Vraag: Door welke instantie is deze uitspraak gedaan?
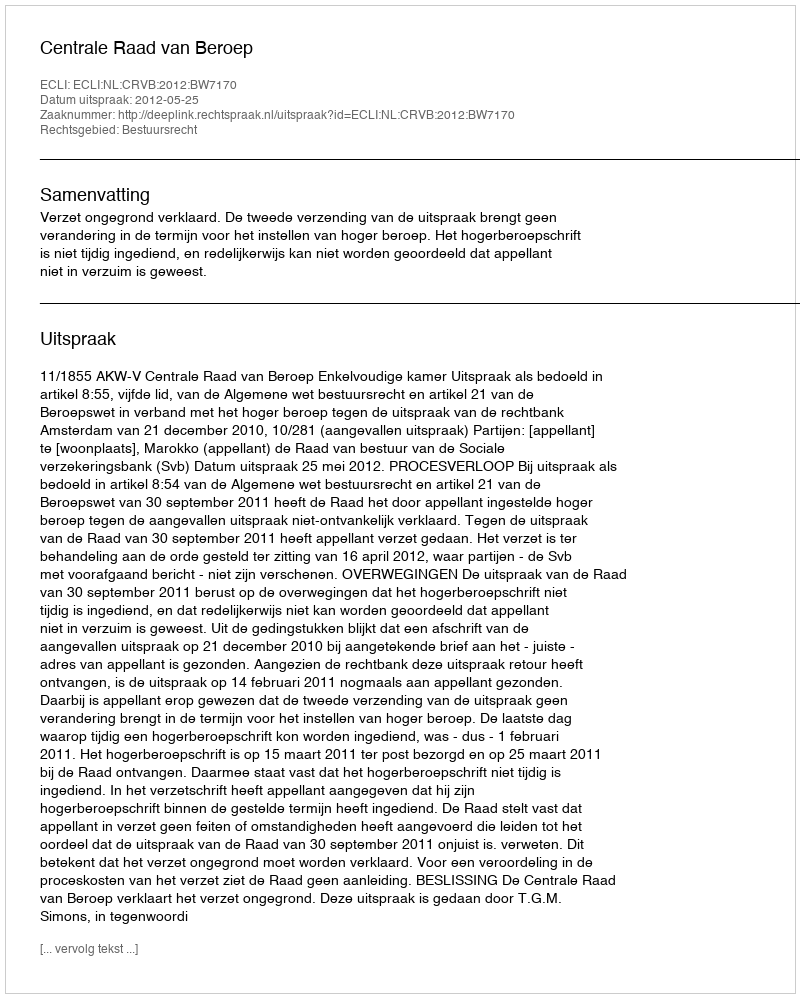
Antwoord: Centrale Raad van Beroep